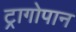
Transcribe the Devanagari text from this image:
ट्रागोपान